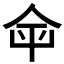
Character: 𤰒